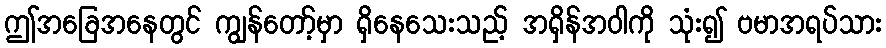
ဤအခြေအနေတွင် ကျွန်တော့်မှာ ရှိနေသေးသည့် အရှိန်အဝါကို သုံး၍ ဗမာအရပ်သား